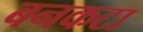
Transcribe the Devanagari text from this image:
बनकटा